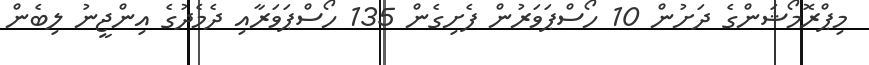
މިޕްރޮމޯޝަންގެ ދަށުން 10 ހޯސްޕަވަރުން ފެށިގެން 135 ހޯސްޕަވަރާއި ދެމެދުގެ އިންޖީނު ލިބެން